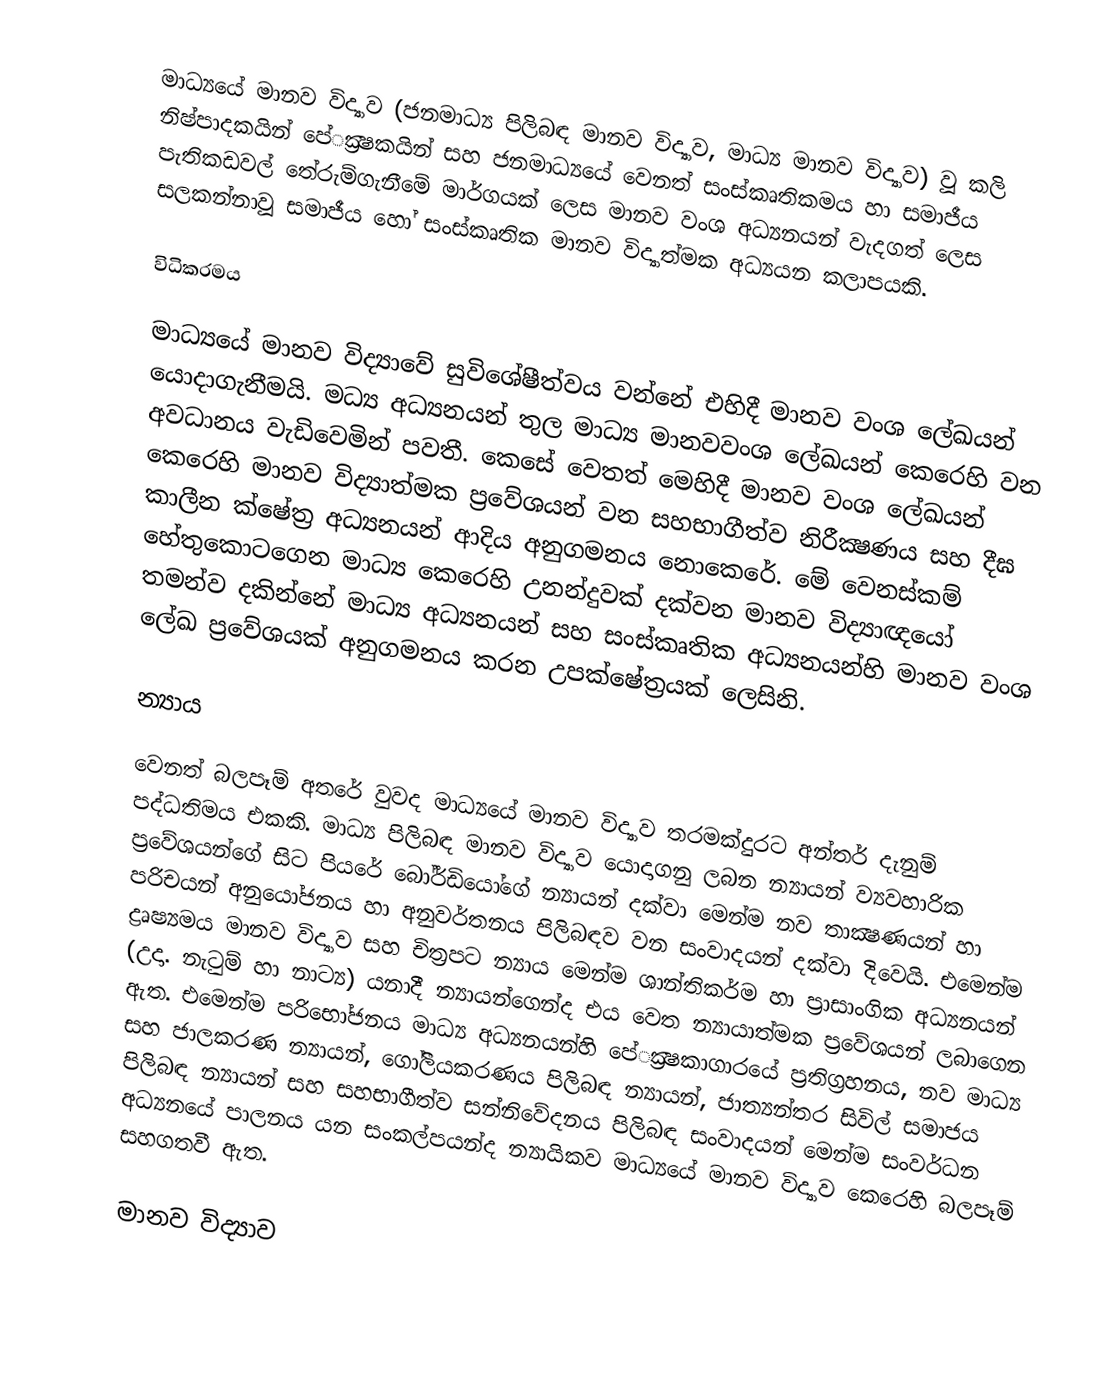
මාධ්‍යයේ මානව විද්‍යාව (ජනමාධ්‍ය පිලිබඳ මානව විද්‍යාව, මාධ්‍ය මානව විද්‍යාව) වූ කලි නිෂ්පාදකයින් පේ‍්‍රක්‍ෂකයින් සහ ජනමාධ්‍යයේ වෙනත් සංස්කෘතිකමය හා සමාජීය පැතිකඩවල් තේරුම්ගැනීමේ මාර්ගයක් ලෙස මානව වංශ අධ්‍යනයන් වැදගත් ලෙස සලකන්නාවූ සමාජීය හෝ සංස්කෘතික මානව විද්‍යාත්මක අධ්‍යයන කලාපයකි.

විධික‍්‍රමය

මාධ්‍යයේ මානව විද්‍යාවේ සුවිශේෂීත්වය වන්නේ එහිදී මානව වංශ ලේඛයන් යොදාගැනීමයි. මධ්‍ය අධ්‍යනයන් තුල මාධ්‍ය මානවවංශ ලේඛයන් කෙරෙහි වන අවධානය වැඩිවෙමින් පවතී. කෙසේ වෙතත් මෙහිදී මානව වංශ ලේඛයන් කෙරෙහි මානව විද්‍යාත්මක ප‍්‍රවේශයන් වන සහභාගීත්ව නිරීක්‍ෂණය සහ දීඝ කාලීන ක්ෂේත‍්‍ර අධ්‍යනයන් ආදිය අනුගමනය නොකෙරේ. මේ වෙනස්කම් හේතුකොටගෙන මාධ්‍ය කෙරෙහි උනන්දුවක් දක්වන මානව විද්‍යාඥයෝ තමන්ව දකින්නේ මාධ්‍ය අධ්‍යනයන් සහ සංස්කෘතික අධ්‍යනයන්හි මානව වංශ ලේඛ ප‍්‍රවේශයක් අනුගමනය කරන උපක්ෂේත‍්‍රයක් ලෙසිනි.

න්‍යාය

වෙනත් බලපෑම් අතරේ වුවද මාධ්‍යයේ මානව විද්‍යාව තරමක්දුරට අන්තර් දැනුම් පද්ධතිමය එකකි. මාධ්‍ය පිලිබඳ මානව විද්‍යාව යොදාගනු ලබන න්‍යායන් ව්‍යවහාරික ප‍්‍රවේශයන්ගේ සිට පියරේ බෝර්ඩියෝගේ න්‍යායන් දක්වා මෙන්ම නව තාක්‍ෂණයන් හා පරිචයන් අනුයෝජනය හා අනුවර්තනය පිලිබඳව වන සංවාදයන් දක්වා දිවෙයි. එමෙන්ම ද්‍රෘෂ්‍යමය මානව විද්‍යාව සහ චිත‍්‍රපට න්‍යාය මෙන්ම ශාන්තිකර්ම හා ප‍්‍රාසාංගික අධ්‍යනයන් (උදා. නැටුම් හා නාට්‍ය) යනාදී න්‍යායන්ගෙන්ද එය වෙත න්‍යායාත්මක ප‍්‍රවේශයන් ලබාගෙන ඇත. එමෙන්ම පරිභෝජනය මාධ්‍ය අධ්‍යනයන්හි පේ‍්‍රක්‍ෂකාගාරයේ ප‍්‍රතිග‍්‍රහනය, නව මාධ්‍ය සහ ජාලකරණ න්‍යායන්, ගෝලීයකරණය පිලිබඳ න්‍යායන්, ජාත්‍යන්තර සිවිල් සමාජය පිලිබඳ න්‍යායන් සහ සහභාගීත්ව සන්නිවේදනය පිලිබඳ සංවාදයන් මෙන්ම සංවර්ධන අධ්‍යනයේ පාලනය යන සංකල්පයන්ද න්‍යායිකව මාධ්‍යයේ මානව විද්‍යාව කෙරෙහි බලපෑම් සහගතවී ඇත.

මානව විද්‍යාව